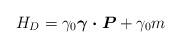
LaTeX: \begin{align*}H_{D}=\gamma_0\mbox{\boldmath $\gamma\cdot P$} +\gamma_0 m\end{align*}